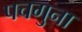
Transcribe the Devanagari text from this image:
पचगुना